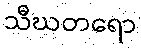
သီဃတရော